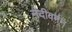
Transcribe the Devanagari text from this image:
नंदीवर्मन